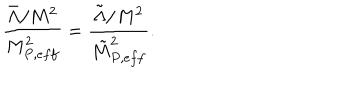
LaTeX: \frac { \bar { \Lambda } / M ^ { 2 } } { M _ { P , e f f } ^ { 2 } } = \frac { \tilde { \Lambda } / M ^ { 2 } } { \tilde { M } _ { P , e f f } ^ { 2 } } .